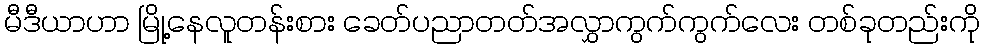
မီဒီယာဟာ မြို့နေလူတန်းစား ခေတ်ပညာတတ်အလွှာကွက်ကွက်လေး တစ်ခုတည်းကို